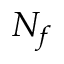
N _ { f }